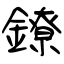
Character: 鐐